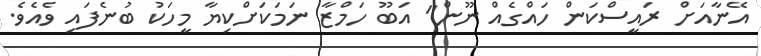
އޭނާއަށް ރައީސްކަން ހައްގެއް ނޫން" އަބޫ ހަމްޒާ ނަމަކަށްކިޔާ މީހަކު ބުނެފައި ވެއެވެ.